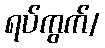
ရပ်ကွက်/